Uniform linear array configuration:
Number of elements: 24
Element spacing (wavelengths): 0.75
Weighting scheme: blackman
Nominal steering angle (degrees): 45
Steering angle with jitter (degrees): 46.269
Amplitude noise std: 0.05
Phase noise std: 0.05

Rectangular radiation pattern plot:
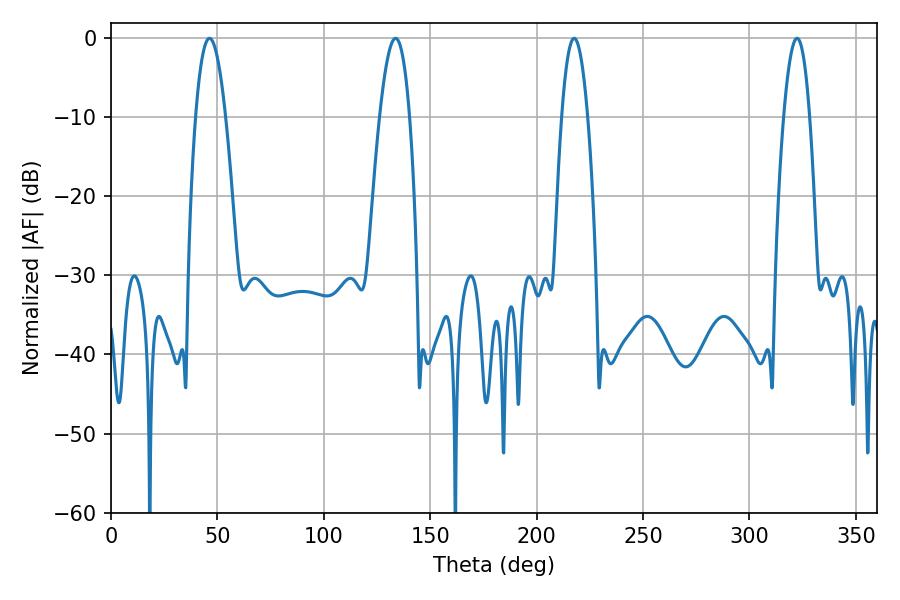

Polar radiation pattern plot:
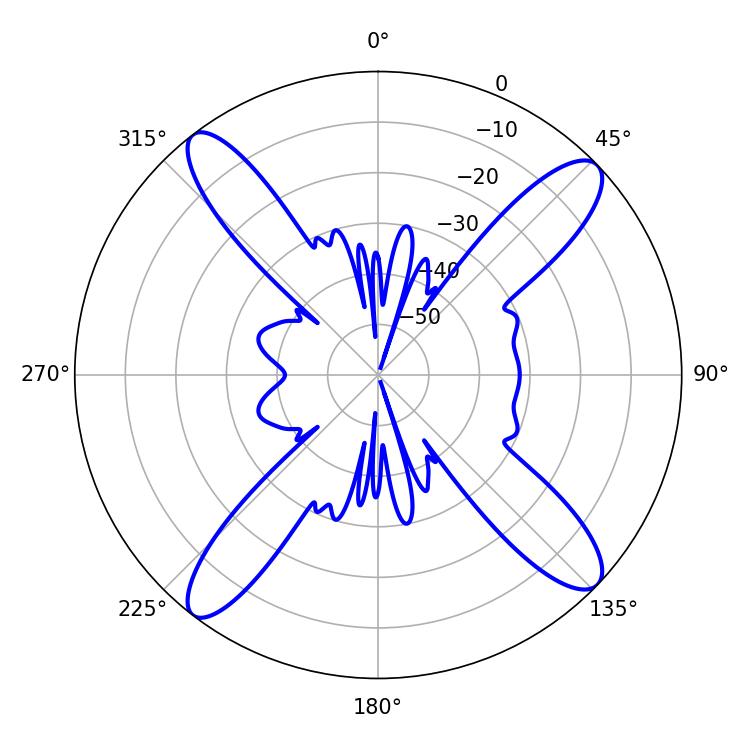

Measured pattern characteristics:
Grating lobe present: TRUE
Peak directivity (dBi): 15.455
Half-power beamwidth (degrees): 6.66
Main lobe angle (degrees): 217.62